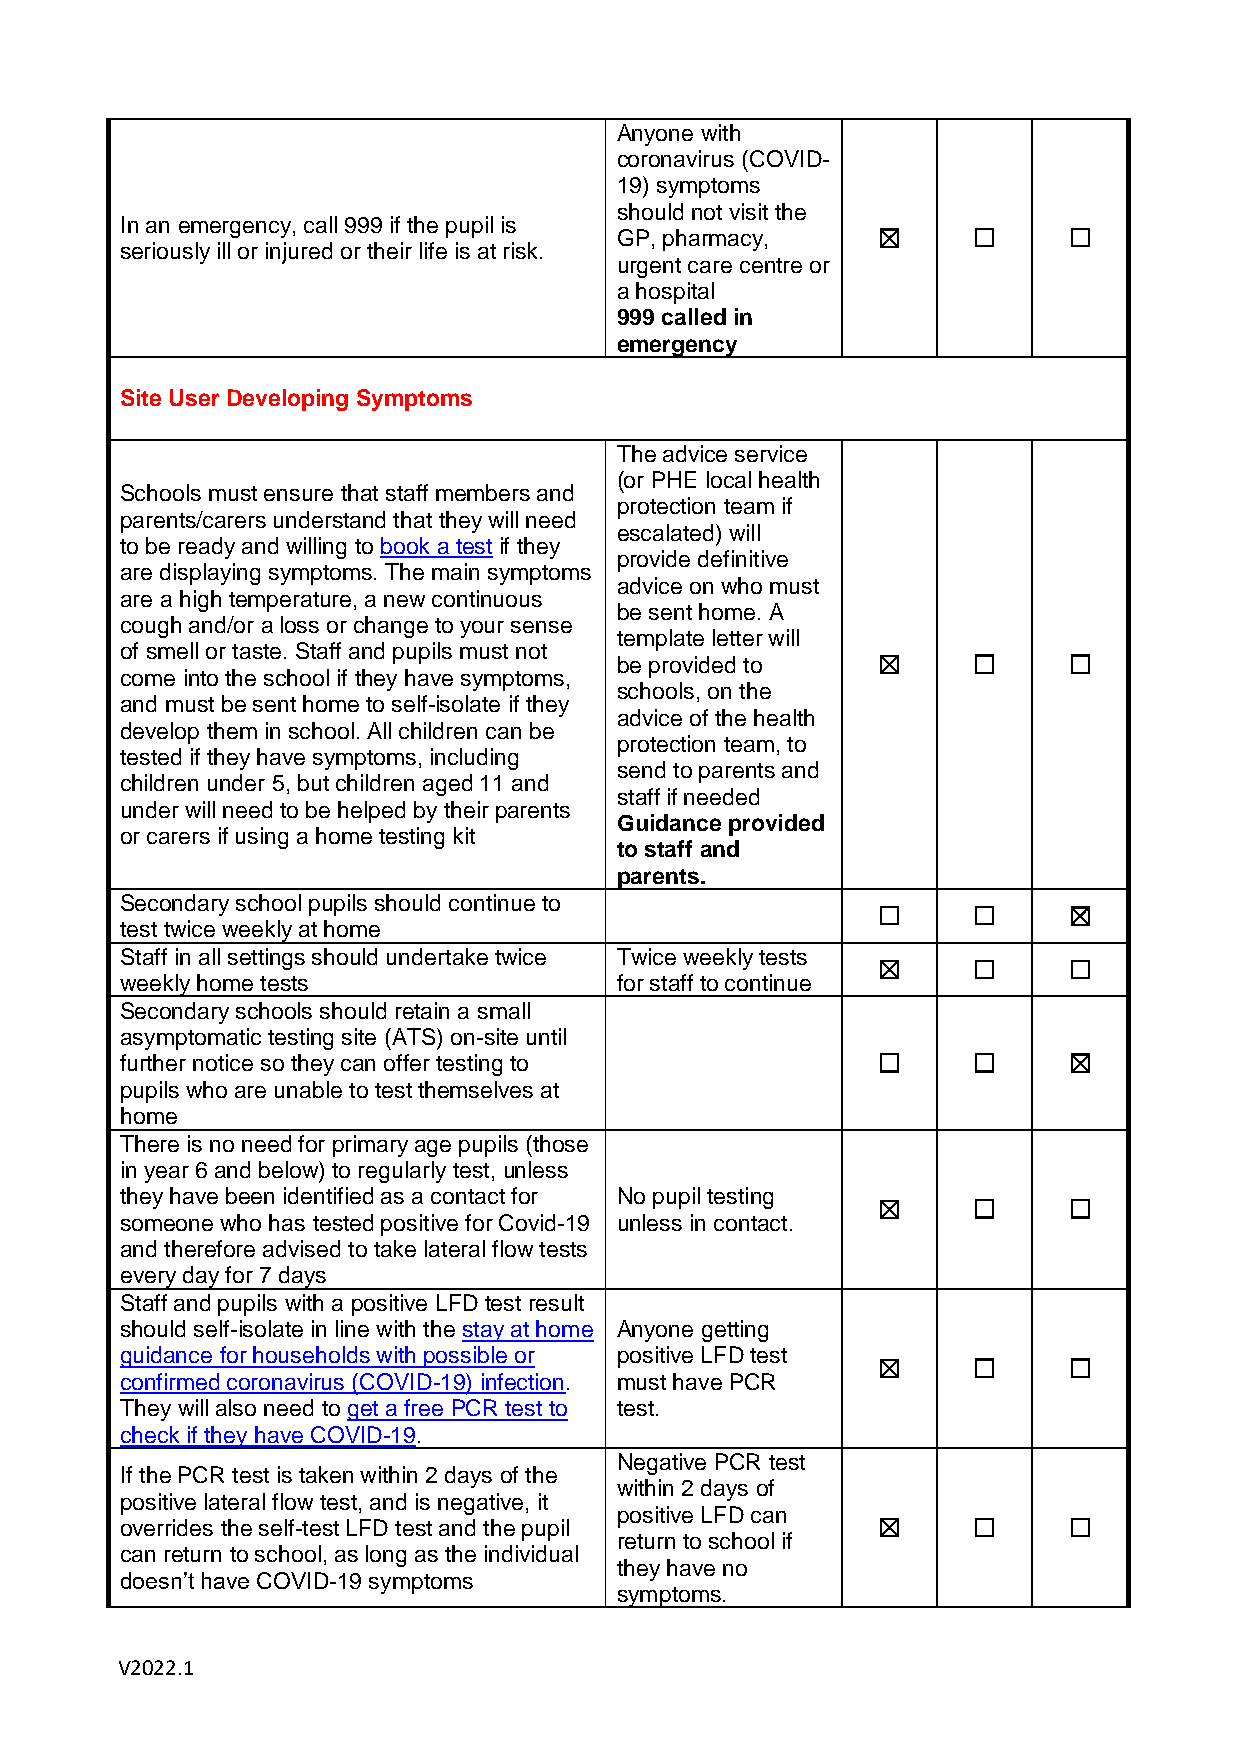
Anyone with
 coronavirus (COVID-
 19) symptoms
 should not visit the
 In an emergency, call 999 if the pupil is
 GP, pharmacy,    ☒     ☐      ☐
 seriously ill or injured or their life is at risk.
 urgent care centre or
 a hospital
 999 called in
 emergency
 Site User Developing Symptoms
 The advice service
 (or PHE local health
 Schools must ensure that staff members and
 protection team if
 parents/carers understand that they will need
 escalated) will
 to be ready and willing to book a test if they
 provide definitive
 are displaying symptoms. The main symptoms
 advice on who must
 are a high temperature, a new continuous
 be sent home. A
 cough and/or a loss or change to your sense
 template letter will
 of smell or taste. Staff and pupils must not
 be provided to   ☒     ☐      ☐
 come into the school if they have symptoms,
 schools, on the
 and must be sent home to self-isolate if they
 advice of the health
 develop them in school. All children can be
 protection team, to
 tested if they have symptoms, including
 send to parents and
 children under 5, but children aged 11 and
 staff if needed
 under will need to be helped by their parents
 Guidance provided
 or carers if using a home testing kit
 to staff and
 parents.
 Secondary school pupils should continue to
 ☐     ☐      ☒
 test twice weekly at home
 Staff in all settings should undertake twice Twice weekly tests
 ☒     ☐      ☐
 weekly home tests                for staff to continue
 Secondary schools should retain a small
 asymptomatic testing site (ATS) on-site until
 further notice so they can offer testing to       ☐     ☐      ☒
 pupils who are unable to test themselves at
 home
 There is no need for primary age pupils (those
 in year 6 and below) to regularly test, unless
 they have been identified as a contact for No pupil testing
 ☒     ☐      ☐
 someone who has tested positive for Covid-19 unless in contact.
 and therefore advised to take lateral flow tests
 every day for 7 days
 Staff and pupils with a positive LFD test result
 should self-isolate in line with the stay at home Anyone getting
 guidance for households with possible or positive LFD test
 ☒     ☐      ☐
 confirmed coronavirus (COVID-19) infection. must have PCR
 They will also need to get a free PCR test to test.
 check if they have COVID-19.
 Negative PCR test
 If the PCR test is taken within 2 days of the
 within 2 days of
 positive lateral flow test, and is negative, it
 positive LFD can
 overrides the self-test LFD test and the pupil    ☒     ☐      ☐
 return to school if
 can return to school, as long as the individual
 they have no
 doesn’t have COVID-19 symptoms
 symptoms.
 V2022.1